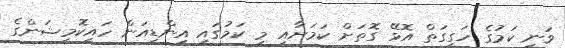
ވަނީ ކަމުގެ ހަގީގަތް އޮޅޭ ގޮތަށް ކަމަށާއި މި ކަމުގައި އިންޑިއަން ހައިކޮމިޝަންގެ